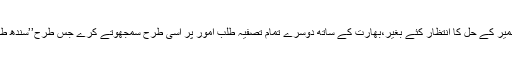
یہ قدم بھی ضروری ہے کہ پاکستان مسئلہ کشمیر کے حل کا انتظار کئے بغیر،بھارت کے ساتھ دوسرے تمام تصفیہ طلب امور پر اسی طرح سمجھوتے کرے جس طرح’’سندھ طاس معاہدہ‘‘ ’’اور معاہدہ رن کچھ‘‘ہو چکا ہے۔